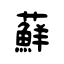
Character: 蘚